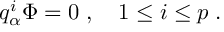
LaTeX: q _ { \alpha } ^ { i } \Phi = 0 \; , \quad 1 \leq i \leq p \; .